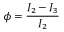
\phi = \frac { I _ { 2 } - I _ { 3 } } { I _ { 2 } }